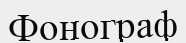
Фонограф